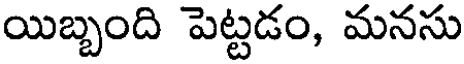
యిబ్బంది పెట్టడం, మనసు